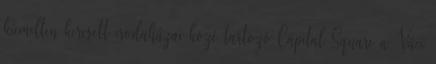
kiemelten keresett irodaházai közé tartozó Capital Square a Váci